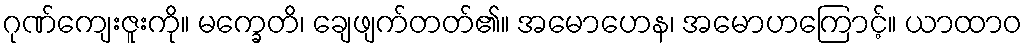
ဂုဏ်ကျေးဇူးကို။ မက္ခေတိ၊ ချေဖျက်တတ်၏။ အမောဟေန၊ အမောဟကြောင့်။ ယာထာဝ